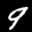
Digit: 9